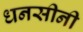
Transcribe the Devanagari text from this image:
धनसीनी